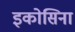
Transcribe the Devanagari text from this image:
इकोसिना